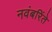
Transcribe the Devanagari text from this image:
नवंबरिंते